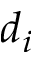
d _ { i }